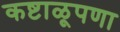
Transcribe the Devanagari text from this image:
कष्टाळूपणा